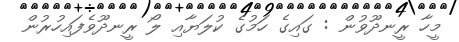
މީހާ ރީނދޫވުން : ގައިގެ ހަމުގެ ކުލަޔާއި ލޯ ރީނދޫވެފައިހުރުން